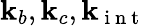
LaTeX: \mathbf{k}_{b},\mathbf{k}_{c},\mathbf{k}_{\mathrm{{~i~n~t~}}}